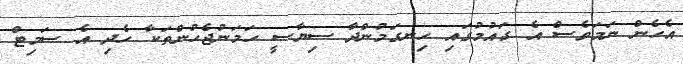
އެހެން ނަމަވެސް އެ ގައުމުގައި ހިނގަމުންދާ ސިޔާސީ ހަމަނުޖެހުންތަކާ ހެދި އެ ސަމިޓް